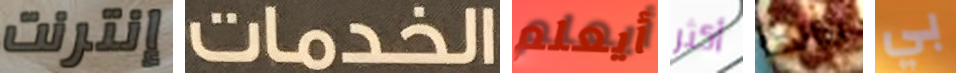
إنترنت الخدمات أيعلم أكثر بذاتها بي